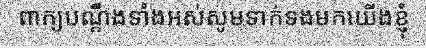
ពាក្យបណ្តឹងទាំងអស់សូមទាក់ទងមកយើងខ្ញុំ